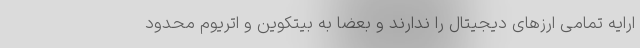
ارایه تمامی ارزهای دیجیتال را ندارند و بعضا به بیتکوین و اتریوم محدود